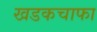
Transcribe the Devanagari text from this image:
खडकचाफा